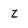
Character: Z